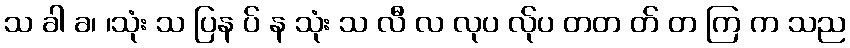
သ ခါ ခ၊ ၊သုံး သ ပြန ပ် န သုံး သ လီ လ လုပ လ်ုပ တတ တ် တ ကြ က သည